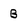
Character: B